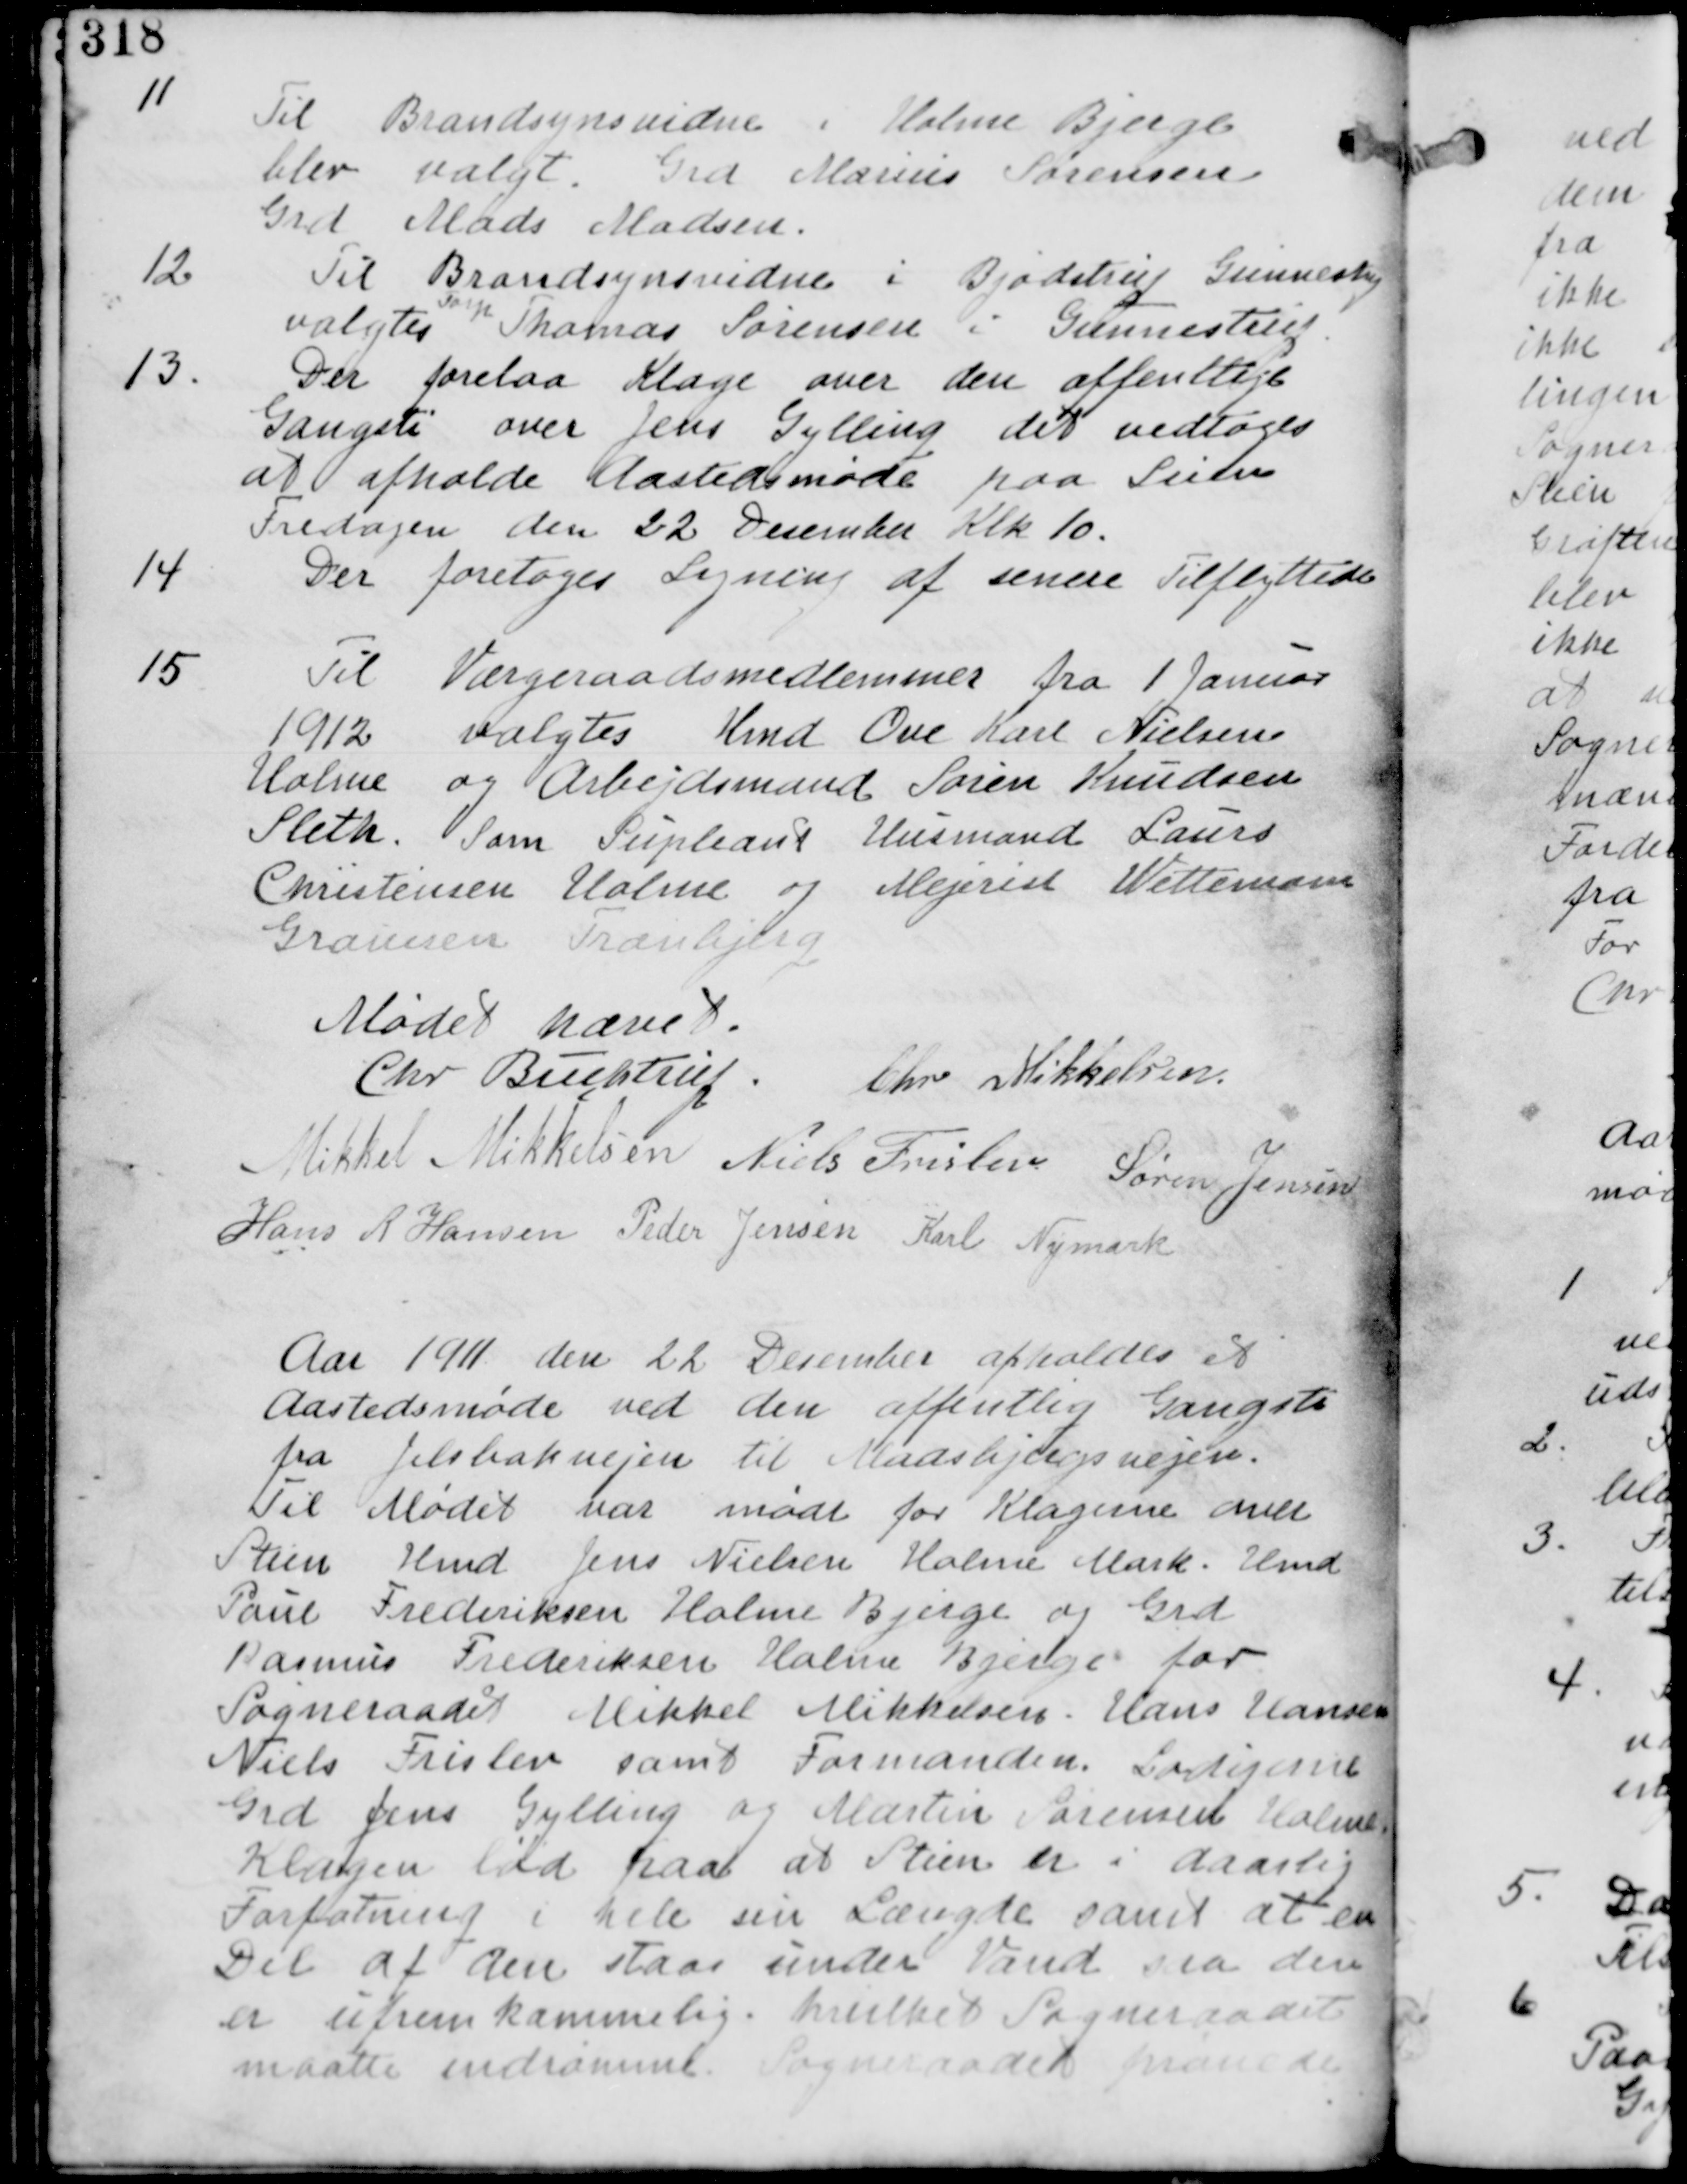
Transskription:
11. Til Brandsynsvidne i Holme Bjerge
blev valgt Grd Marius Sørensen
Grd Mads Madsen.

12. Til Brandsynsvidne i Bjødstrup Gunnestrup
valgtes
Forp
Thomas Sørensen i Gunnestrup.

13. Der forelå Klage over den offentlige
Gangsti over Jens Gylling det vedtages
at afholde Aastedsmøde paa Stien
Fredagen den 22 December Klk 10.

14. Der foretages Ligning af senere tilflyttere

15. Til Værgeraadsmedlemmer fra 1. Januar
1912 valgtes Knud Ove Karl Nielsen
Holme og Arbejdsmand Søren Knudsen
Sleth. Som Suppleant Husmand Laust
Christensen Holme og Mejerist Wettermand
Graunen Tranbjerg

Mødet hævet

Chr Buchstrup Chr Mikkelsen

Mikkel Mikkelsen Niels Frislev Søren Jensen

Hans R Hansen Peder Jensen Karl Nymark

Aar 1911 den 22 December afholdes et
Aastedsmøde ved den offentlige Gangsti
fra Jelsbakkevejen til Madsbjergvejen.
Til Mødet har mødt for Klagerne over
Stien Hmd Jens Nielsen Holme Mark. Hmd
Paul Frederiksen Holme Bjerge og Grd
Rasmus Frederiksen Holme Bjerge for
Sogneraadet Mikkel Mikkelsen Hans Hansen
Niels Frislev samt Formanden. Lodsejerne
Grd Jens Gylling og Martin Sørensen Holme
Klagen lød paa at Stien er i daarlig
Forfatning i hele sin Længde samt at en
Del af den staar under Vand saa den
er ufremkommelig hvilket Sogneraadet
maatte indrømme. Sogneraadet prøvede